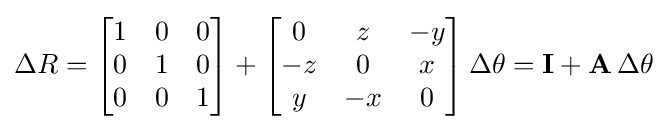
\Delta R={\begin{bmatrix}1&0&0\\0&1&0\\0&0&1\end{bmatrix}}+{\begin{bmatrix}0&z&-y\\-z&0&x\\y&-x&0\end{bmatrix}}\,\Delta \theta =\mathbf {I} +\mathbf {A} \,\Delta \theta